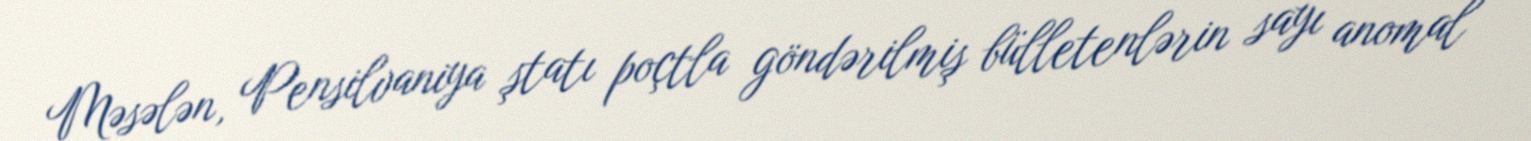
Məsələn, Pensilvaniya ştatı poçtla göndərilmiş bülletenlərin sayı anomal